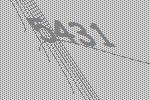
5431